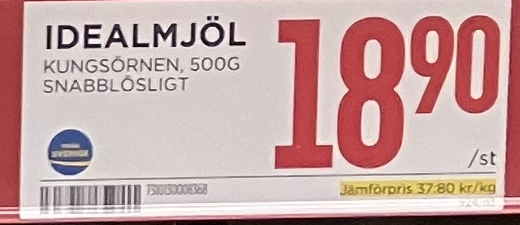
Vara: Idealmjöl
Genomsnittspris: 37.8 per kg